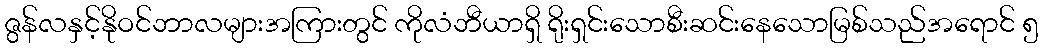
ဇွန်လနှင့်နိုဝင်ဘာလများအကြားတွင် ကိုလံဘီယာရှိ ရိုးရှင်းသောစီးဆင်းနေသောမြစ်သည်အရောင် ၅